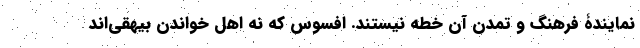
نُمایندۀ فرهنگ و تمدن آن خطه نیستند. افسوس که نه اهل خواندن بیهقی‌اند